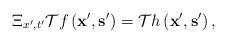
LaTeX: \begin{align*}\Xi_{x',t'}\mathcal{T}f\left(\mathbf{x}',\mathbf{s}'\right)=\mathcal{T}h\left(\mathbf{x}',\mathbf{s}'\right),\end{align*}